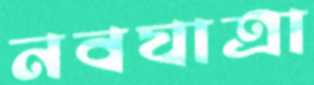
নবযাত্রা